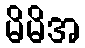
မိမိအ